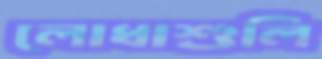
লোধাশুলি